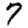
Digit: 7